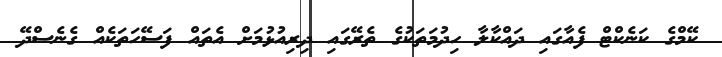
ކޭމްގެ ކަނެކްޓް ފެއާގައި ދައްކާލާ ހިދުމަތަކުގެ ތެރޭގައި ދިރިއުޅުމަށް އެތައް ފަސޭހަތަކެއް ގެނެސްދޭ